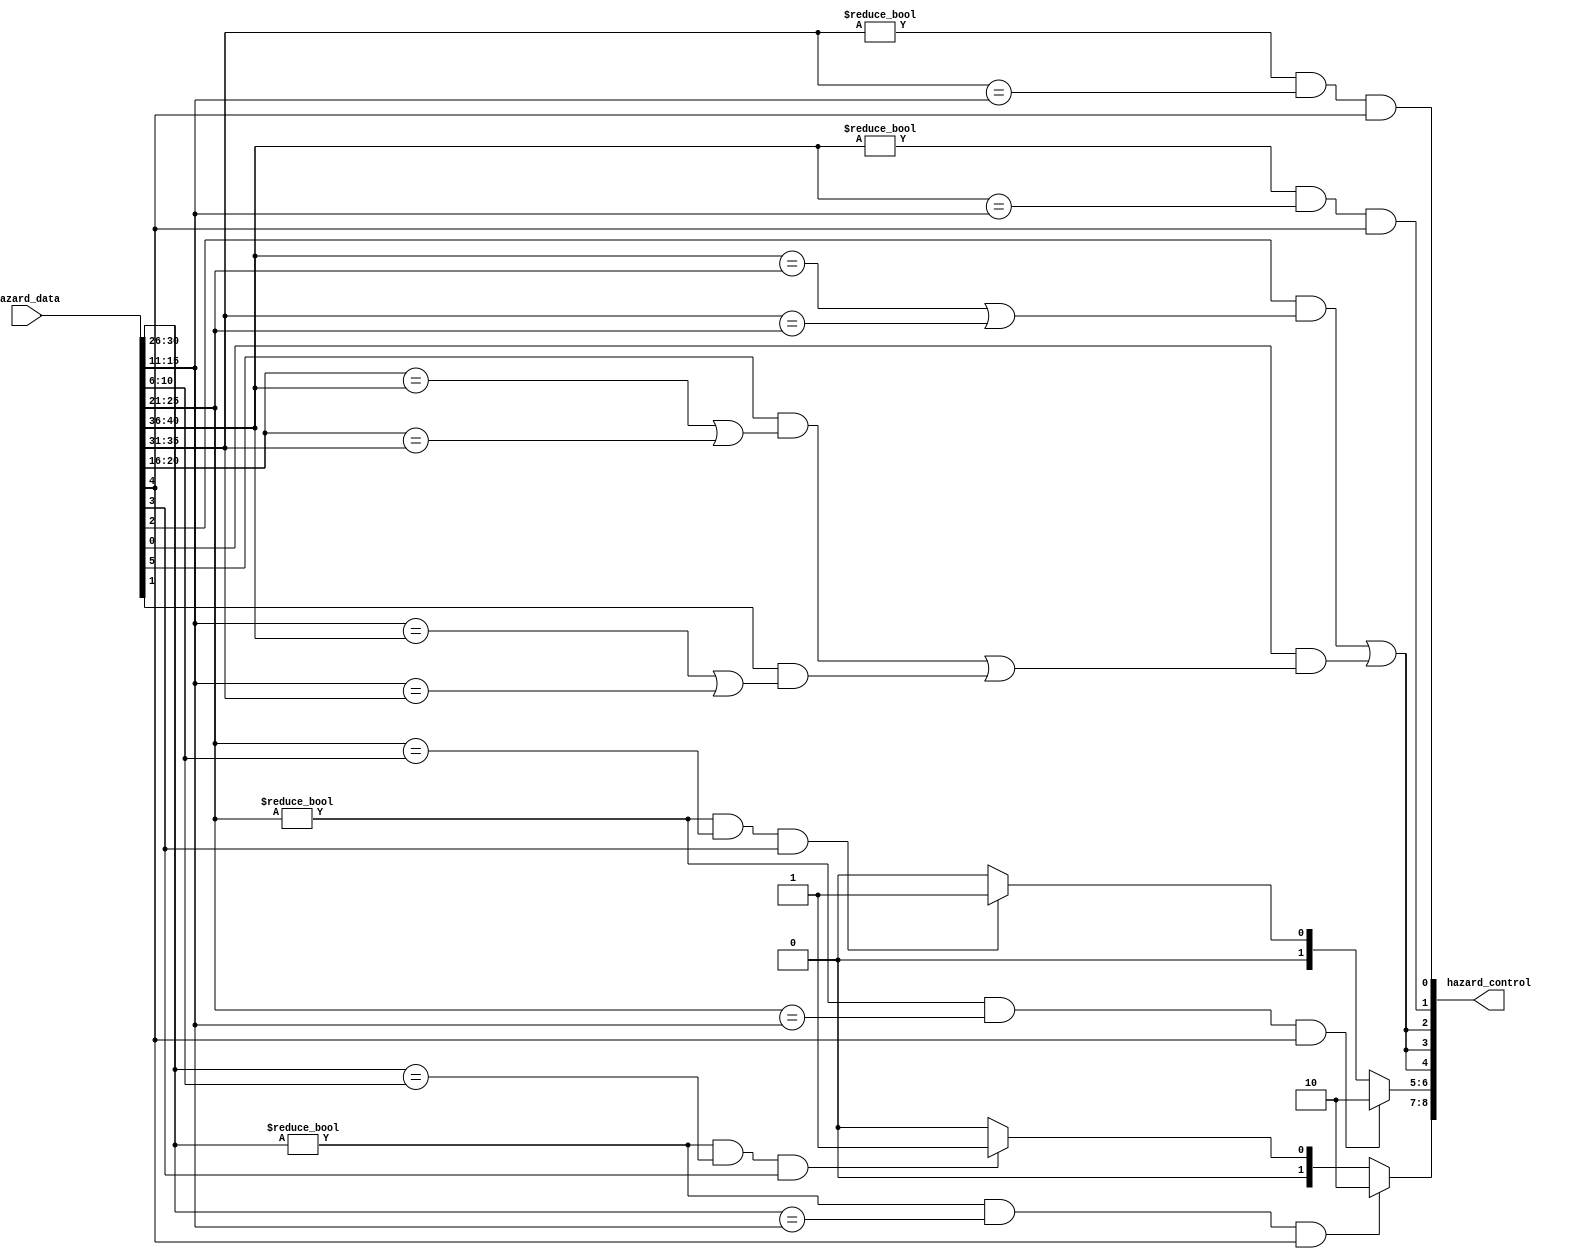
module hazard(
    input [0:40] hazard_data,
    output [0:8] hazard_control
);
    //input
    wire [4:0] rsD,rtD,rsE,rtE,write_regE, write_regM,write_regW;
    wire reg_write_enE,reg_write_enM,reg_write_enW;
    wire mem_to_regE,mem_to_regM;
    wire branchD;
    //temp
    wire lwstall,branchstall;
    //output
    reg [1:0] forwardAE, forwardBE;
    wire stallF, stallD, flushE, forwardAD, forwardBD;
//INPUT
    assign {rsD,rtD,rsE,rtE,write_regE, write_regM,write_regW} =hazard_data[0:34];
    assign {reg_write_enE,reg_write_enM,reg_write_enW} = hazard_data[35:37];
    assign {mem_to_regE,mem_to_regM} = hazard_data[38:39];
    assign branchD = hazard_data[40];
//data hazard
    //forward
    always @(*) begin
        if( (rsE!=0) && (rsE==write_regM) && reg_write_enM) begin
            forwardAE <= 2'b10;
        end
        else if( (rsE!=0) && (rsE==write_regW) && reg_write_enW) begin
            forwardAE <= 2'b01;
        end
        else begin
            forwardAE <= 2'b00;
        end
    end
    always @(*) begin
        if( (rtE!=0) && (rtE==write_regM) && reg_write_enM) begin
            forwardBE <= 2'b10;
        end
        else if( (rtE!=0) && (rtE==write_regW) && reg_write_enW) begin
            forwardBE <= 2'b01;
        end
        else begin
            forwardBE <= 2'b00;
        end
    end

    //lw stall
    assign lwstall = mem_to_regE && ( (rsD==rtE) || (rtD==rtE) );

//control hazard
    // branch
    assign forwardAD = (rsD != 0) && (rsD == write_regM) && reg_write_enM;
    assign forwardBD = (rtD != 0) && (rtD == write_regM) && reg_write_enM;

    assign branchstall = branchD && (
                    ( reg_write_enE && ( write_regE==rsD ||write_regE == rtD ) )||
                    ( mem_to_regM && ( write_regM==rsD || write_regM == rtD ) )
                  );
    
    assign flushE = lwstall || branchstall;
    assign stallF = lwstall || branchstall;
    assign stallD = lwstall || branchstall;
//OUTPUT
    //                       0:1         2:3         4       5       6       7           8
    assign hazard_control = {forwardAE, forwardBE, stallF, stallD, flushE, forwardAD, forwardBD};
endmodule